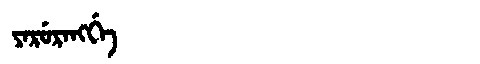
Manchu: ᠶᠠᡵᡠᡵᠠᠩᡤᡝ
Romanization: YARURANGGE